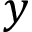
y